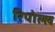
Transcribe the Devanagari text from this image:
रिपोल्ल